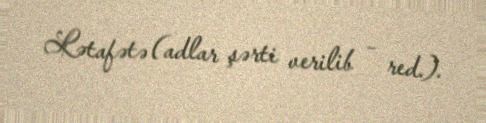
Lətafətə (adlar şərti verilib – red.).